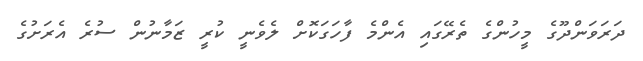
ދަރަވަންދޫގެ މީހުންގެ ތެރޭގައި އެންމެ ފާހަގަކޮށް ލެވެނީ ކުރީ ޒަމާނުން ސުރެ އެރަށުގެ